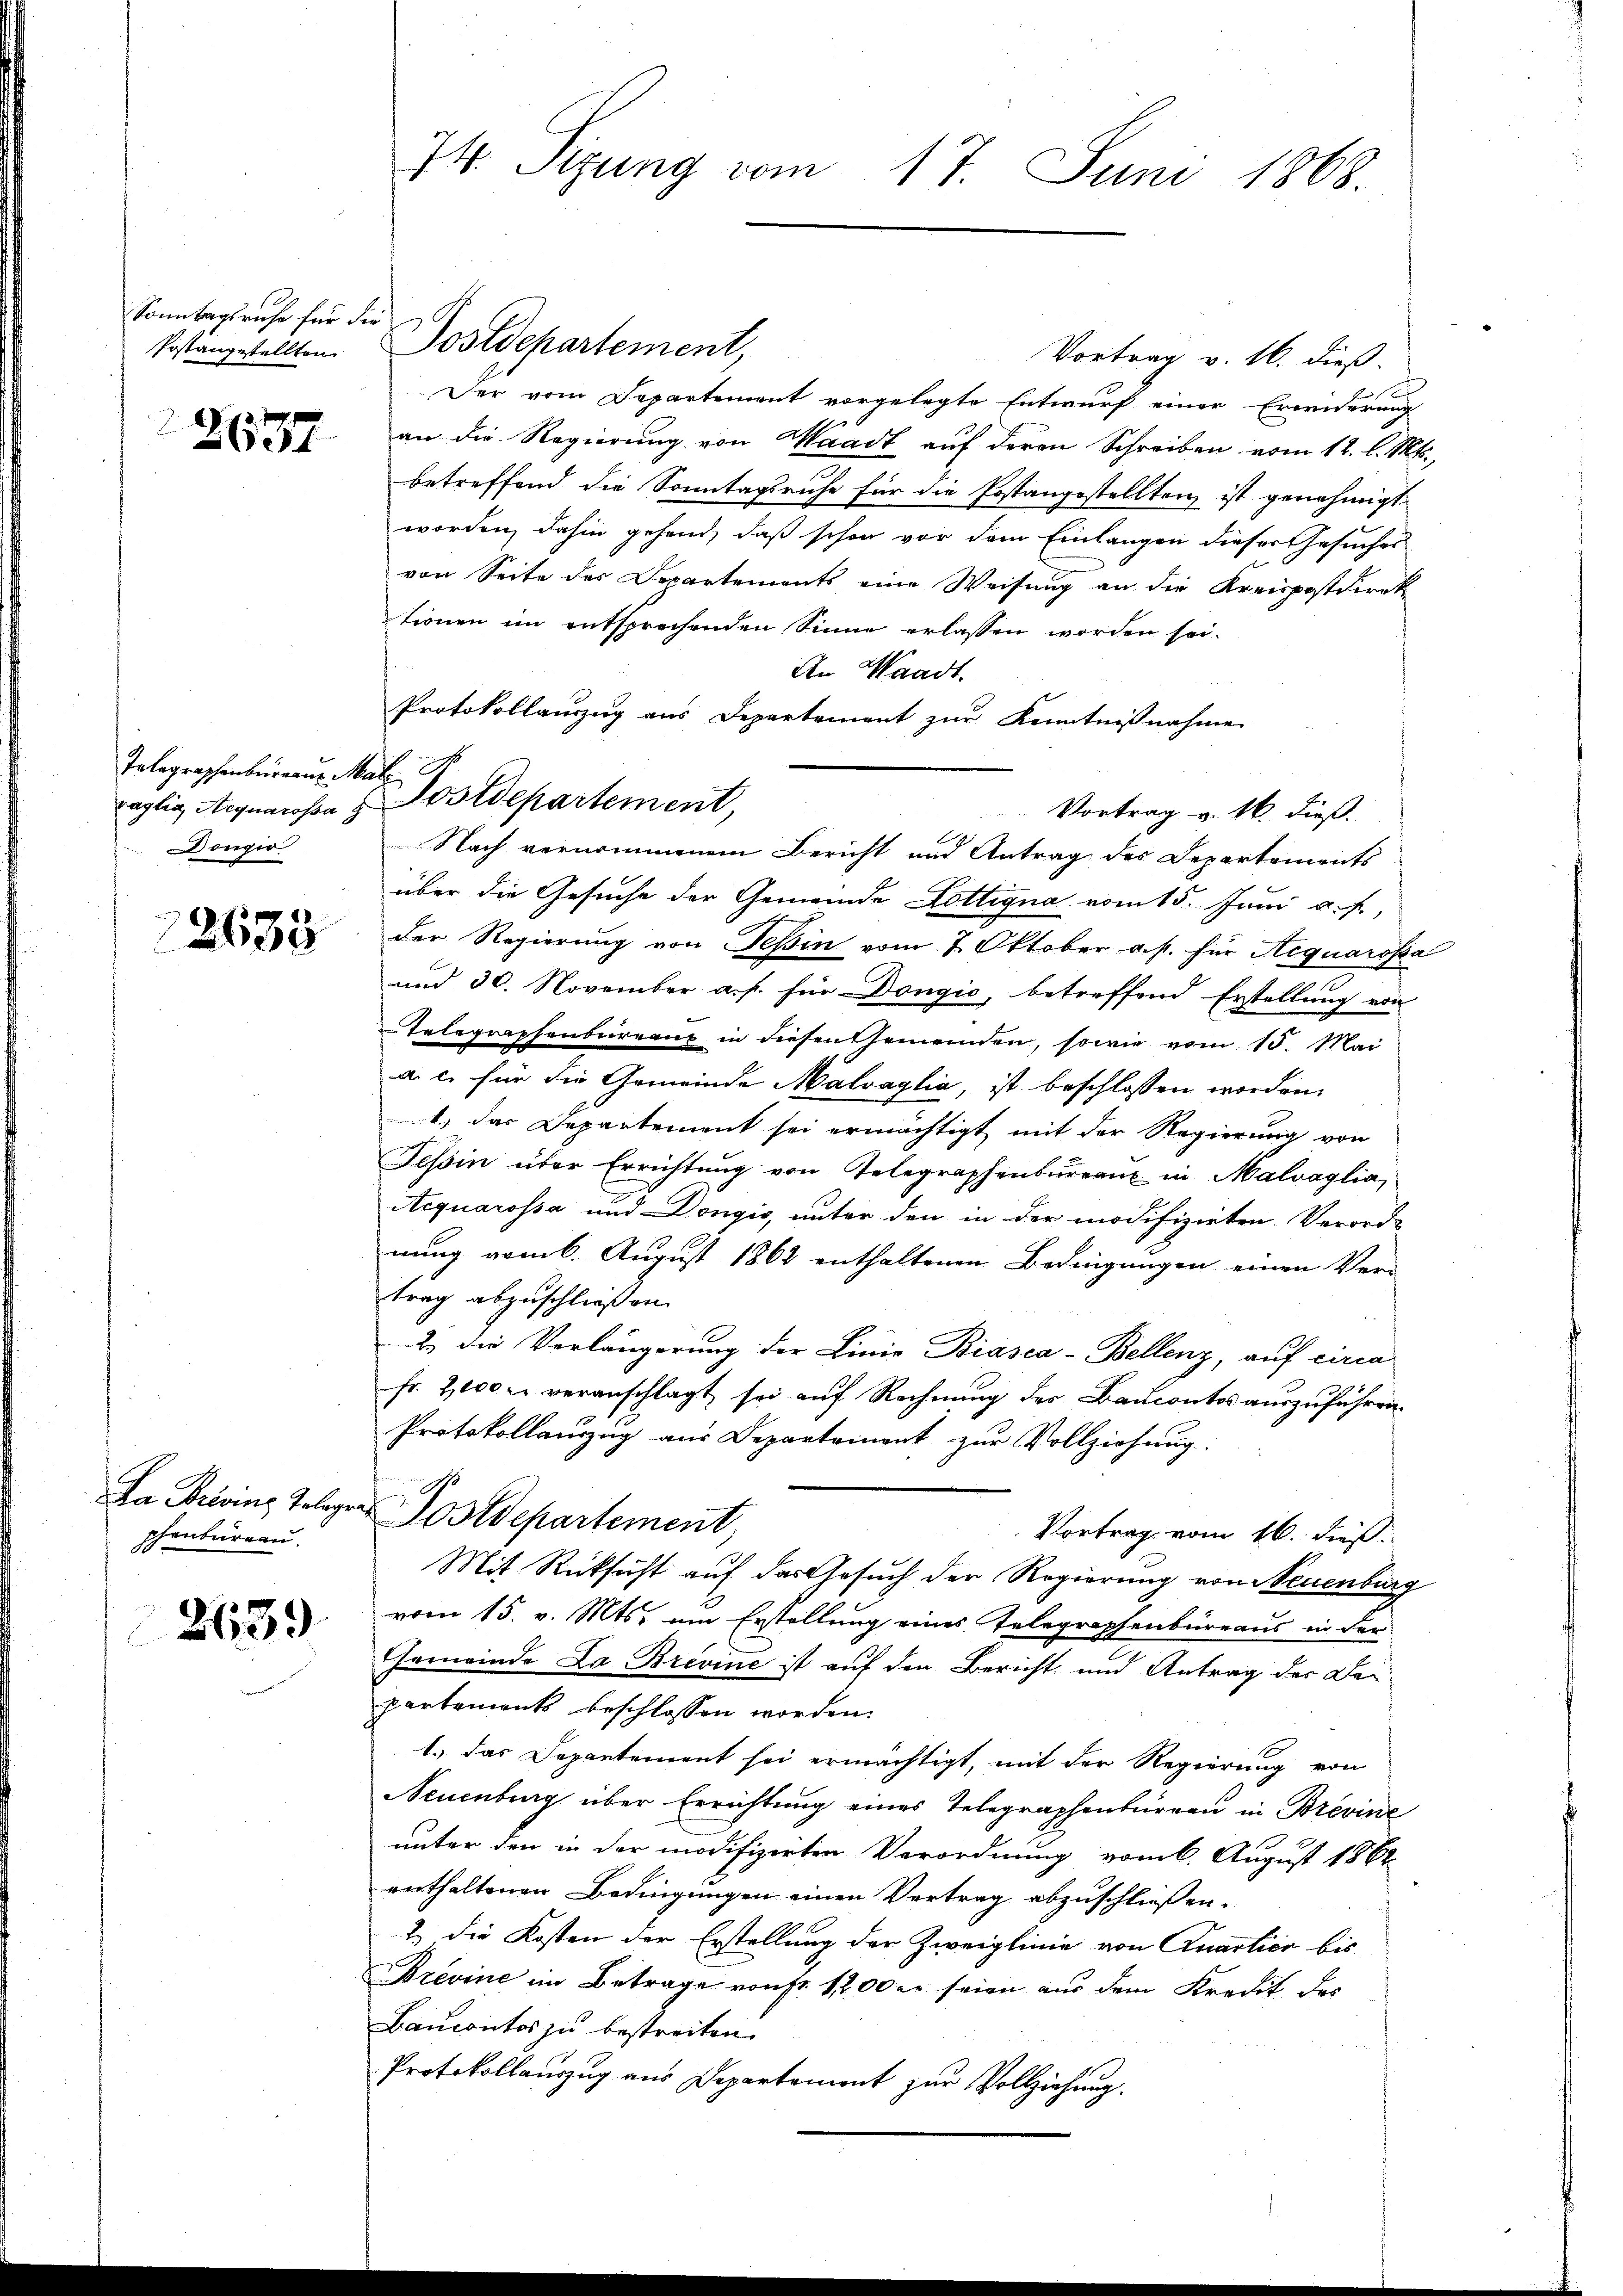
Sonntagsruhe für die
Postangestellten

2637

Telegraphenburgen Mal
Dongio

12633

Da Prlvins Telege
phenbureau.

2139

74. Sizung vom 17. Juni 1868.

Vortrag v. 16. dieß.
Der vom Departement vorgelegte Entwurf einer Erwiderung
an die Regierung von Waadt auf deren Schreiben vom 12. l. Mts.,
betreffend die Sonntagsruhe für die Postangestellten ist genehmigt.
worden, dahin gehend, daß schon vor dem Einlangen dieser Gesuches
von Seite des Departements eine Weisung an die Kreispostdirekt
tionen im entsprechenden Sinne erlassen worden sei.
An Waadt.
Vortrag v. 16. dieß.
über die Gesuche der Gemeinde Dottigna vom 15. Juni a. f.,
Der Regierung von Teßin vom 7. Oktober a. p. für Aequarosa
und 30. November a. p. für Dongio, betreffend Erstellung von
elegraphenbureaux in diesen Gemeinden, sowie vom 15. Mai
a. c. für die Gemeinde Malvaglia, ist beschlossen worden.
1.) das Departement sei ermächtigt mit der Regierung von
Tessin über Errichtŭng von Telegraphenbureaux in Malvaglia,
Aequarossa und Dongio, unter den in der modifizirten Verord-
nung vom 6. August 1862 enthaltenen Bedingungen einen Ver-
trag abzuschließen.
2 die Verlängerung der Linie Biasca-Bellenz, auf circa
Fr. 2000 veranschlagt sei auf Rechnung des Baucontos auszuführen.
Protokollauzug aus Departement zur Vollziehung.
s
Postdepartement,
Vortrag vom 16. dieß.
Mit Rücksicht auf das Gesuch der Regierung von Neuenburg
vom 15. v. Mts. um Erstellung eines Telegraphenbüreaus in der
Gemeinde La Brevine ist auf den Bericht und Antrag der De-
partements beschlossen worden.
1.) Das Departement sei ermächtigt, mit der Regierung von
Neuenburg über Errichtung eines Telegraphenbürren in Brevine
unter den in der modifizirten Verordnung vom 6. August 1862
enthaltenen Bedingungen einen Vertrag abzuschließen.
& die Kosten der Erstellung der Zweiglinie von Quartier bis
Brevine im Betrage von Fr. 1200 er seien aus dem Kredit der
Baucontor zu bestreiten.
Protokollauszug aus Departement zur Vollziehung.

Postdepartement,

Protokollanzug aus Departement zur Kenntnißnahme
raglia, Aequarosa u. Postdepartement,
Nach vernommenem Bericht und Antrag des Departements